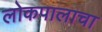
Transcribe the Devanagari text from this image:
लोकपालाचा